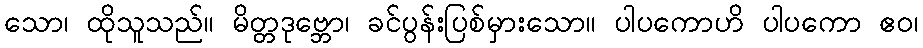
သော၊ ထိုသူသည်။ မိတ္တဒုဗ္ဘော၊ ခင်ပွန်းပြစ်မှားသော။ ပါပကောဟိ ပါပကော ဧဝ၊